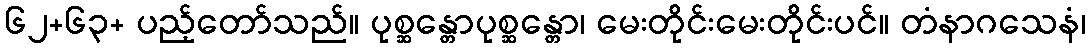
၆၂+၆၃+ ပည့်တော်သည်။ ပုစ္ဆန္တောပုစ္ဆန္တော၊ မေးတိုင်းမေးတိုင်းပင်။ တံနာဂသေနံ၊